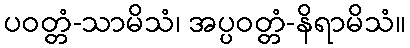
ပဝတ္တံ-သာမိသံ၊ အပ္ပဝတ္တံ-နိရာမိသံ။